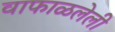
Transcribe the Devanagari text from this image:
वाफाळलेली